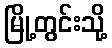
မြို့တွင်းသို့